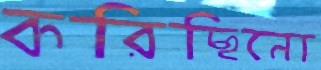
করিছিনো